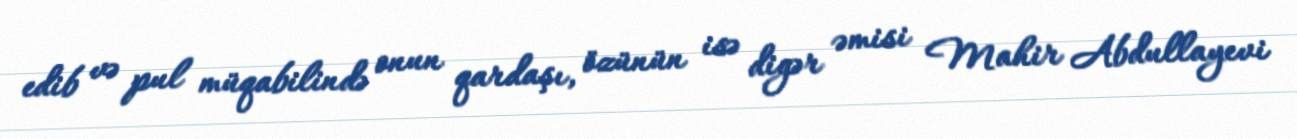
edib və pul müqabilində onun qardaşı, özünün isə digər əmisi Mahir Abdullayevi